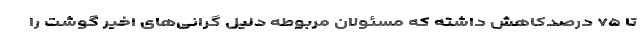
تا ۷۵ درصدکاهش داشته که مسئولان مربوطه دلیل گرانی‌های اخیر گوشت را